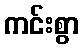
ကင်းစွာ